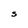
Character: S